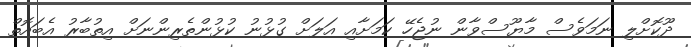
ދޫކޮށްލި ނަމަވެސް މާޔޫސްވާން ނުޖެހޭ ކަމަށާއި އަލަށް ގުޅުނު ކުޅުންތެރިންނަށް އިތުބާރު އެބައޮތް